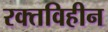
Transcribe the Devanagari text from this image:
रक्तविहीन